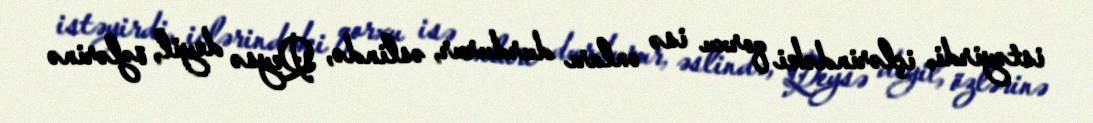
istəyirdi, içlərindəki qorxu isə onları durdurur, əslində, Qeysə deyil, özlərinə